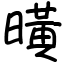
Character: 曂